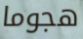
هجوما